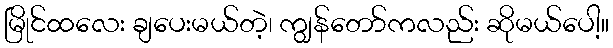
မြိုင်ထလေး ချပေးမယ်တဲ့၊ ကျွန်တော်ကလည်း ဆိုမယ်ပေါ့။